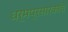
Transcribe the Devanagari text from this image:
धर्मप्रसारकांचे